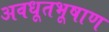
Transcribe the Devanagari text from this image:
अवधूतभूषाण